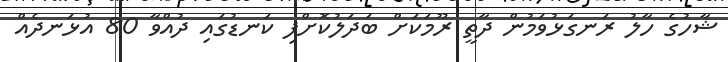
ޝާހުގެ ހާލު ރަނގަޅުވަމުން ދާތީ ރޫމަކަށް ބަދަލުކޮށްފި ކަނޑުގައި ދުއްވާ 80 އުޅަނދެއް